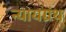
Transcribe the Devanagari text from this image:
न्यायग्रंथ